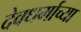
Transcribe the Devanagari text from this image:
देवधर्माच्या